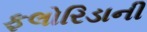
ફલોરિડાની